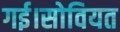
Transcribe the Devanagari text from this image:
गई।सोवियत